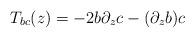
LaTeX: \begin{align*}T_{bc}(z) = -2b\partial_z c -(\partial_z b) c\end{align*}